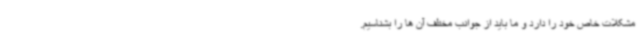
مشکلات خاص خود را دارد و ما باید از جوانب مختلف آن ها را بشناسیم.